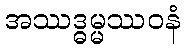
အဿဒ္ဓမ္မဿဝနံ